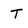
Character: T